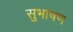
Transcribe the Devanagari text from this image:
सुभाषण